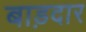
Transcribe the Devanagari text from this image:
बाड़दार